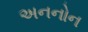
અનનોન